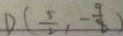
D ( \frac { 5 } { 2 } , - \frac { 9 } { 8 } )